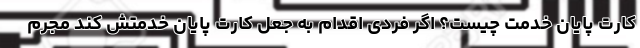
کارت پایان خدمت چیست؟ اگر فردی اقدام به جعل کارت پایان خدمتش کند مجرم